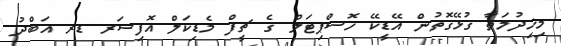
މިޚިދުމަތާ ގުޅޭގޮތުން އޭޑީކޭ ހޮސްޕިޓަލް ގެ ޗީފް މެޑިކަލް އޮފިސަރ ޑރ އަބްދު